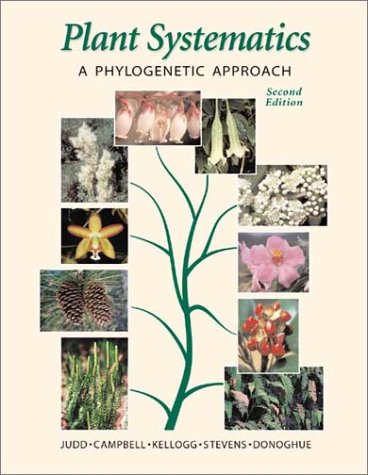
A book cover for Plant Systematics: A Phylogenetic Approach with CDROM; Walter S. Judd; Science & Math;